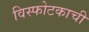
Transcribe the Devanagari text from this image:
विस्फोटकाची